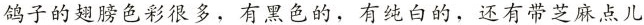
鸽子的翅膀色彩很多，有黑色的，有纯白的，还有带芝麻点儿